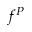
f ^ { P }